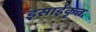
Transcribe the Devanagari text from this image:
इसाईकृत